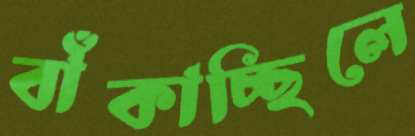
বাঁকাচ্ছিলে